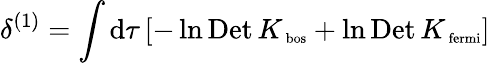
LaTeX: \delta^{(1)}=\int\mathrm{d}\tau\left[-\ln\mathrm{{Det}}\, K_{\mathrm{{\scriptsize~bos}}}+\ln\mathrm{{Det}}\, K_{\mathrm{{\scriptsize~fermi}}}\right]